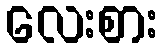
လေးစား